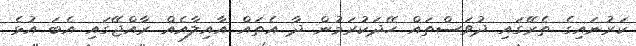
ކަރުނައިގެ ތެރޭގައި ދުވަސްތައް ހޭދަކުރަމުން ދާ އެތައް އާއިލާއެއް ރާއްޖޭގައި އެބަ އުޅެ